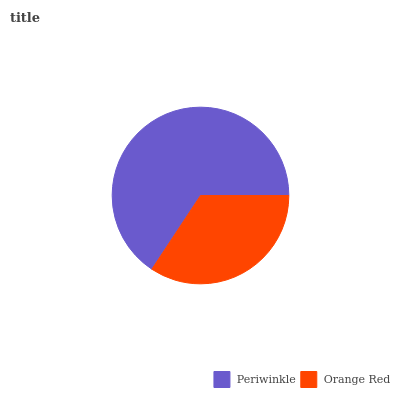
| Periwinkle | Orange Red |
 | --- | --- |
 | 65.8% | 34.2% |